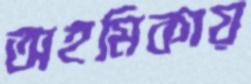
অহমিকায়